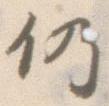
仍